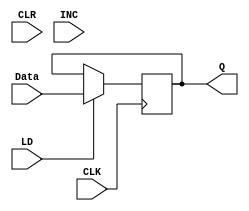
module INS_REG(Q,Data, LD, CLR, INC, CLK);
 
     initial Q = 0;
  
     output reg [7:0] Q;
     input [7:0] Data;
     input LD, CLR, INC, CLK;
     
     always @(posedge CLK)
     begin
          if(LD)
             Q = Data;
         end    
 endmodule